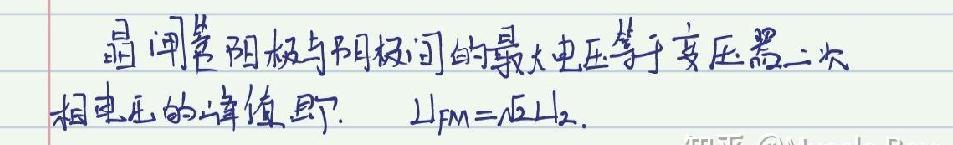
晶闸管阳极与阴极间的最大电压等于变压器二次相电压的峰值即：$U_{FM}=\sqrt{2}U_{2}$.